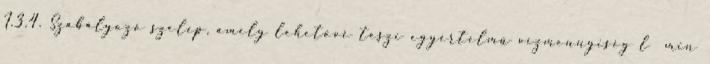
I.3.4. Szabályozó szelep, amely lehetõvé teszi egyértelmû vízmennyiség l min